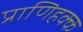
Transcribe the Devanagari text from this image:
प्राणिहक्क